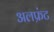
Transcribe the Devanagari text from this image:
अलफ्रंट